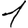
Digit: 1